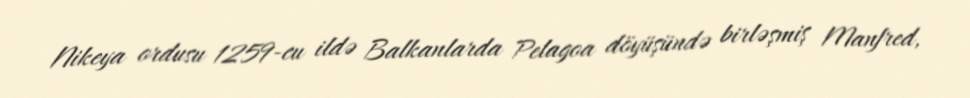
Nikeya ordusu 1259-cu ildə Balkanlarda Pelagoa döyüşündə birləşmiş Manfred,